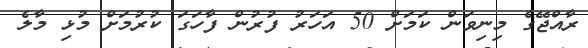
ރާއްޖޭގެ މިނިވަން ކަމަށް 50 އަހަރު ފުރުން ފާހަގަ ކުރުމަށް މުޅި މާލެ